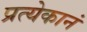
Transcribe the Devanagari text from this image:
प्रत्येकानं